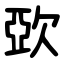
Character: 㰳